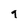
Character: 9